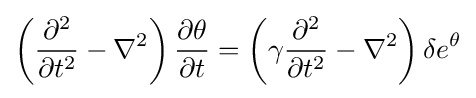
\left({\frac {\partial ^{2}}{\partial t^{2}}}-\nabla ^{2}\right){\frac {\partial \theta }{\partial t}}=\left(\gamma {\frac {\partial ^{2}}{\partial t^{2}}}-\nabla ^{2}\right)\delta e^{\theta }